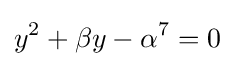
y^{2}+\beta y-\alpha ^{7}=0